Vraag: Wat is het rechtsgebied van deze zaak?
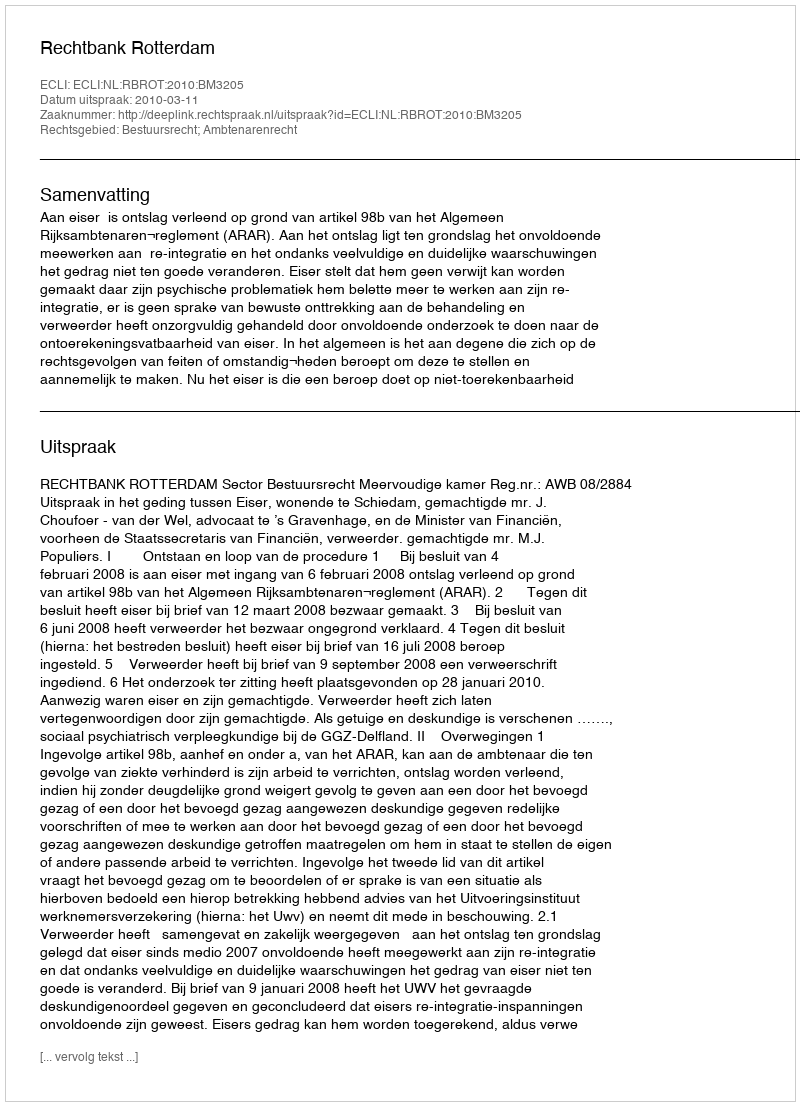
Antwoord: Bestuursrecht; Ambtenarenrecht